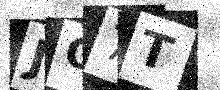
Text: JO7T